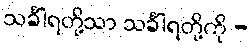
သင်္ခါရတို့သာ သင်္ခါရတို့ကို -